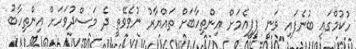
ހުކުމްގައި ބުނެފައި ވަނީ ޕީޕީއެމަށް އިންތިހާބަށް ތައްޔާރު ނުވެވޭތީ ދެ މަސްދުވަހަށް އިންތިހާބު